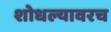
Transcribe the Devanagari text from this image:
शोधल्यावरच